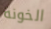
الخونة